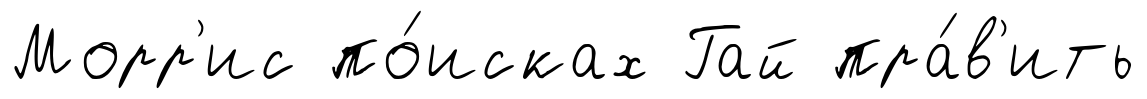
Морр'ис по́исках Гай пра́в'ить